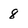
Character: 8